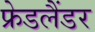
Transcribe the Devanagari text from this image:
फ्रेडलैंडर